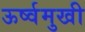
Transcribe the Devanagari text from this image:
ऊर्ष्वमुखी